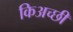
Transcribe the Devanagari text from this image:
किअच्छी